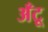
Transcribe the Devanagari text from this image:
अँटू